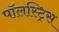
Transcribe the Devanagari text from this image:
पॉलस्ट्रिस